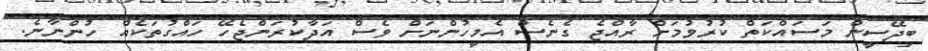
ބިދޭސީން މަސައްކަތް ކުރުވުމަށް ރާއްޖެ ގެނެސް އެމީހުންނަށް ވެސް އަދާކުރަންޖެހޭ ހައްގުތަކެއް ހުންނާނެ.